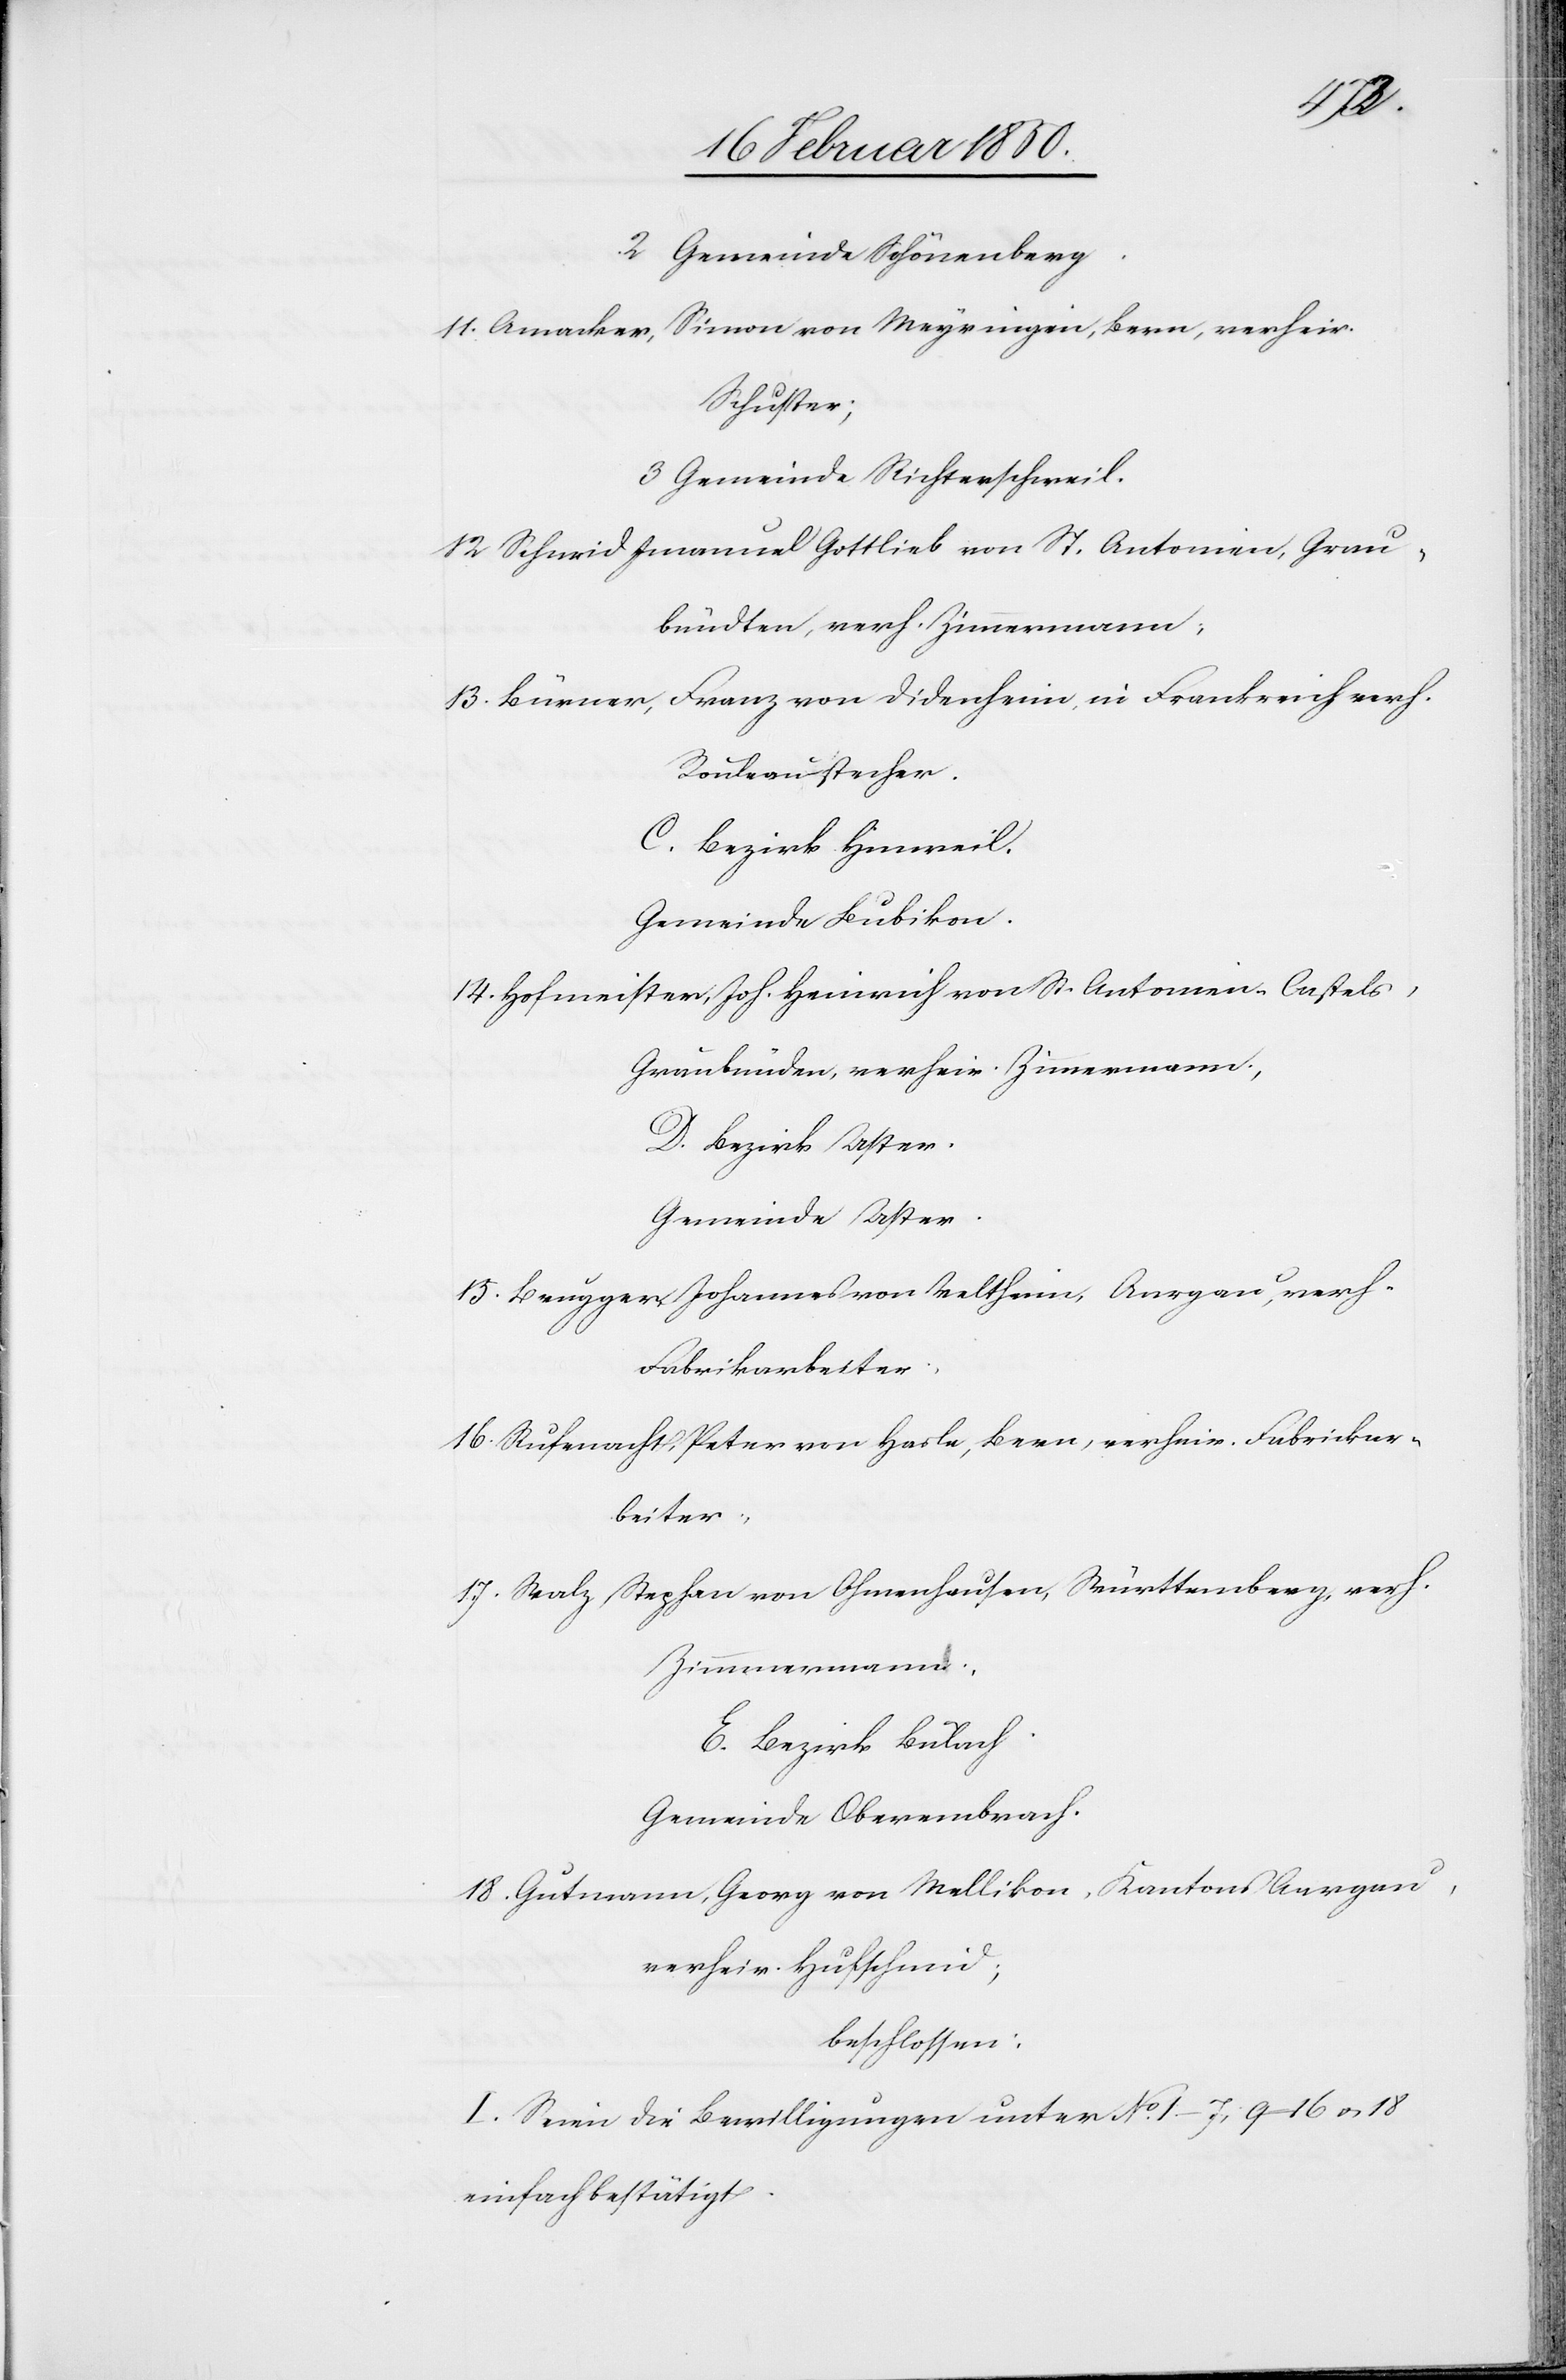
2 Gemeinde Schönenberg.
Simon von Meyringen, Bern, verheir.
11. Amacker,
Schuster;
3 Gemeinde Richterschweil.
12 Schneid Imanuel Gottlieb von St. Antonien, Grau¬
bündten, verh. Zimmermann;
13. Bürner, Franz von Didenheim, in Frankreich verh.
Rouleaustecher.
C. Bezirk Hinweil.
Gemeinde Bubikon.
14. Hofmeister, Joh. Heinrich von St. Antonien-Castels,
Graubünden, verheir. Zimmermann;
D. Bezirk Uster.
Gemeinde Uster.
15. Brugger, Johannes von Veltheim, Aargau, verh.
Fabrikarbeiter;
16. Rufenacht, Peter von Hasle, Bern, verheir. Fabrickar¬
beiter;
17. Stalz, Stephan von Ohmenhausen, Württemberg, verh.
Zimmmermann
E. Bezirk Bülach
Gemeinde Oberembrach.
18. Gutmann, Georg von Mellikon, Kantons Aargau,
verheir. Hufschmid;
beschlossen:
I. Seien die Bewilligungen unter No 1–7, 9–16 u. 18
einfach bestätigt.